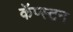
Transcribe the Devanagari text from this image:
कॅप्स्टन